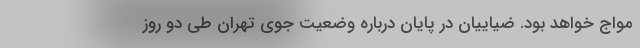
مواج خواهد بود. ضیاییان در پایان درباره وضعیت جوی تهران طی دو روز